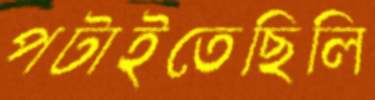
পটাইতেছিলি